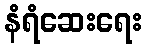
နံရံဆေးရေး